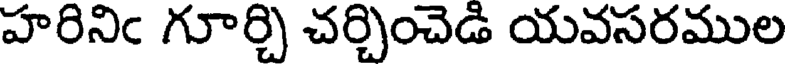
హరినిఁ గూర్చి చర్చించెడి యవసరముల